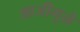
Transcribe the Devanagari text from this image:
आजीमुळे